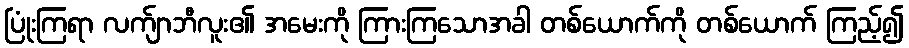
ပြုံးကြရာ လက်ျာဘီလူး၏ အမေးကို ကြားကြသောအခါ တစ်ယောက်ကို တစ်ယောက် ကြည့်၍